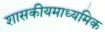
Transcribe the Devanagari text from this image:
शासकीयमाध्यमिक